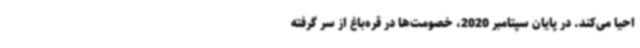
احیا می‌کند. در پایان سپتامبر 2020، خصومت‌ها در قره‌باغ از سر گرفته